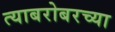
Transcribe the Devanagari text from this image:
त्याबरोबरच्या